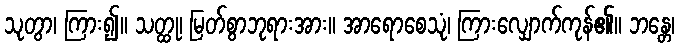
သုတွာ၊ ကြား၍။ သတ္ထု၊ မြတ်စွာဘုရားအား။ အာရောစေသုံ၊ ကြားလျှောက်ကုန်၏။ ဘန္တေ၊